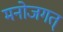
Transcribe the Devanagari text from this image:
मनोजगत्